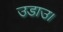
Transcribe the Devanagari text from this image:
उडाउ।